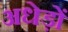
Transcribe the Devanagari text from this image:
अधेड़ों